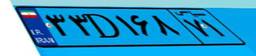
۳۳D۱۶۸۷۱